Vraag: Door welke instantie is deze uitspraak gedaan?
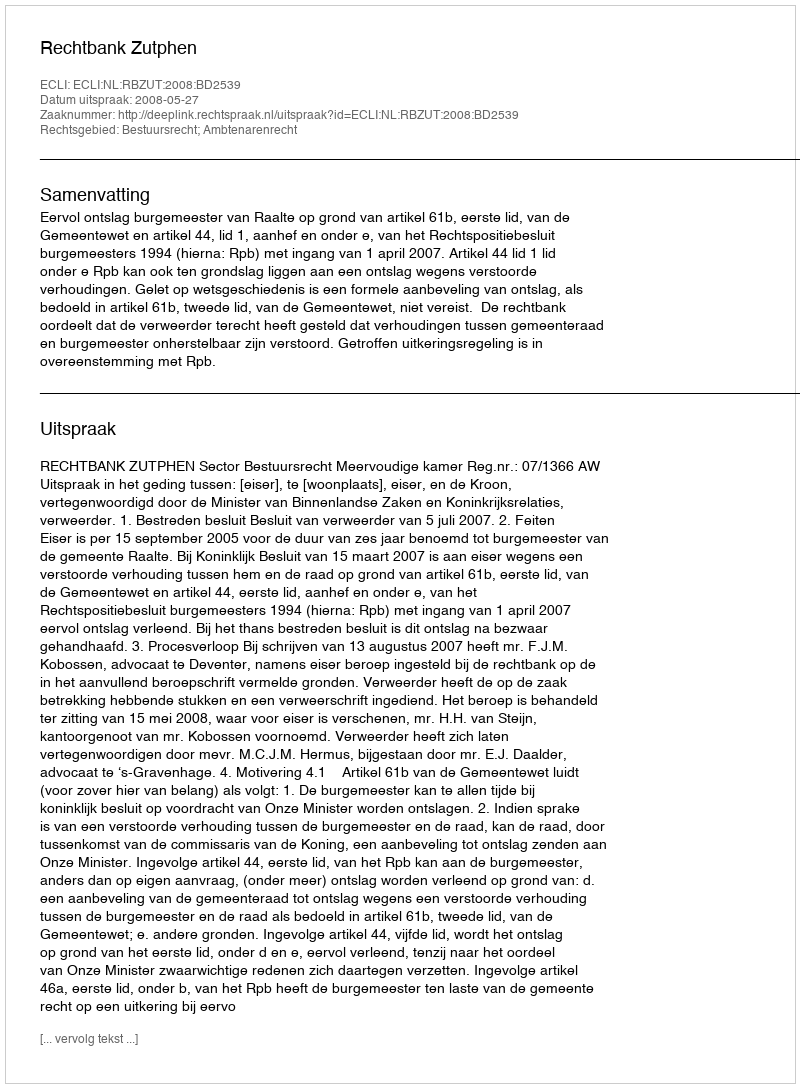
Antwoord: Rechtbank Zutphen